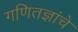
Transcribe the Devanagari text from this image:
गणितज्ञांचे